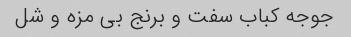
جوجه کباب سفت و برنج بی مزه و شل